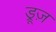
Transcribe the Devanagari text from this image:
ड्रूज़